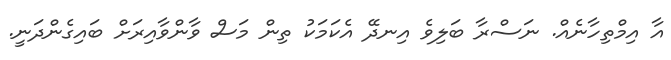
އާ އިމްތިހާނެއް. ނަސްރާ ބަލިވެ އިނދޭ އެކަމަކު ތިން މަސް ވާންވާއިރަށް ބައިގެންދަނީ.